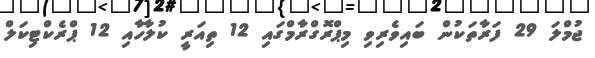
ޖުމްލަ 29 ފަރާތަކުން ބައިވެރިވި މިޕްރޮގްރާމްގައި 12 ތިއަރީ ކުލާހާއި 12 ޕްރެކްޓިކަލް